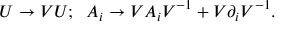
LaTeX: U \rightarrow V U ; \; \; A _ { i } \rightarrow V A _ { i } V ^ { - 1 } + V \partial _ { i } V ^ { - 1 } .